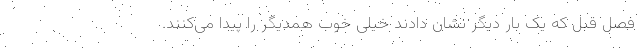
فصل قبل که یک بار دیگر نشان دادند خیلی خوب همدیگر را پیدا می‌کنند.